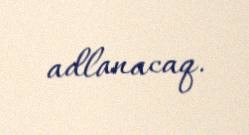
adlanacaq.